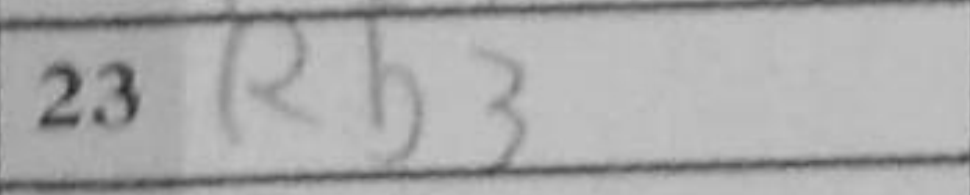
Transcription: Rb3